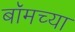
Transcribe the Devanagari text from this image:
बॉमच्या